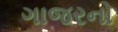
ગાજરનો